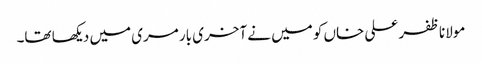
مولانا ظفر علی خاں کو میں نے آخری بار مری میں دیکھا تھا۔